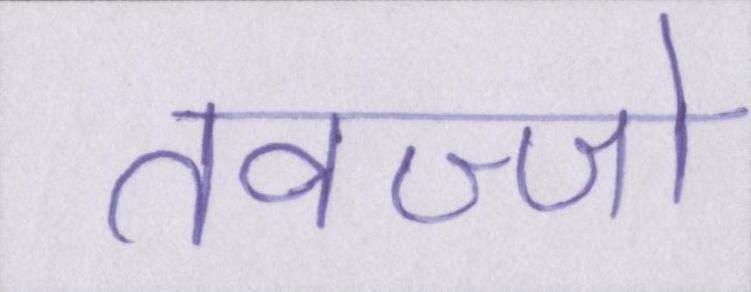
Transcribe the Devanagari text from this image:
तवज्जो